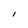
Character: l